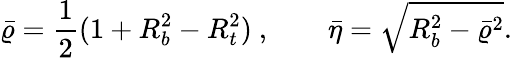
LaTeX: \bar{\varrho}={\frac{1}{2}}(1+R_{b}^{2}-R_{t}^{2})~,\quad\quad\bar{\eta}=\sqrt{R_{b}^{2}-\bar{\varrho}^{2}}.